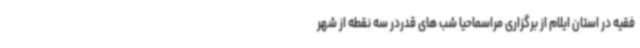
فقیه در استان ایلام از برگزاری مراسماحیا شب های قدردر سه نقطه از شهر